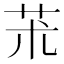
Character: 𦬸